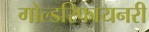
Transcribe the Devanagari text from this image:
गोल्डरिफायनरी